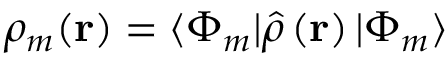
\rho _ { m } ( \mathbf { r } ) = \langle \Phi _ { m } \vert \hat { \rho } \left( \mathbf { r } \right) \vert \Phi _ { m } \rangle